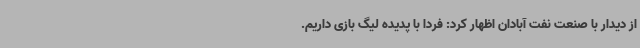
از دیدار با صنعت نفت آبادان اظهار کرد:‌ فردا با پدیده لیگ بازی داریم.